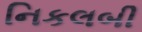
નિકલબી